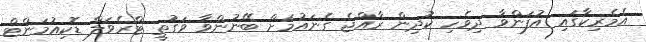
އެމެރިކާގައި އުފަންވާ ދިވެހި ކުދިން ރާއްޖެ ގެނައުމަށް ބޭނުންވާ ވަގުތީ ޓްރެވަލް ޑޮކިއުމަންޓް